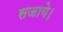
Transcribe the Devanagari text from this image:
सजाये।